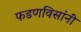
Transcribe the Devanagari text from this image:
फडणविसांनीं